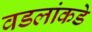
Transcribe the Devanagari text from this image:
वडलांकडे